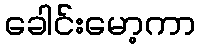
ခေါင်းမော့ကာ